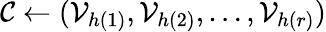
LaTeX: \mathcal{C}\gets(\mathcal{V}_{h(1)},\mathcal{V}_{h(2)},\ldots,\mathcal{V}_{h(r)})